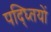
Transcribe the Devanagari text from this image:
पद्ध्तियों